Report of the King Institute of Preventive Medicine, Guindy
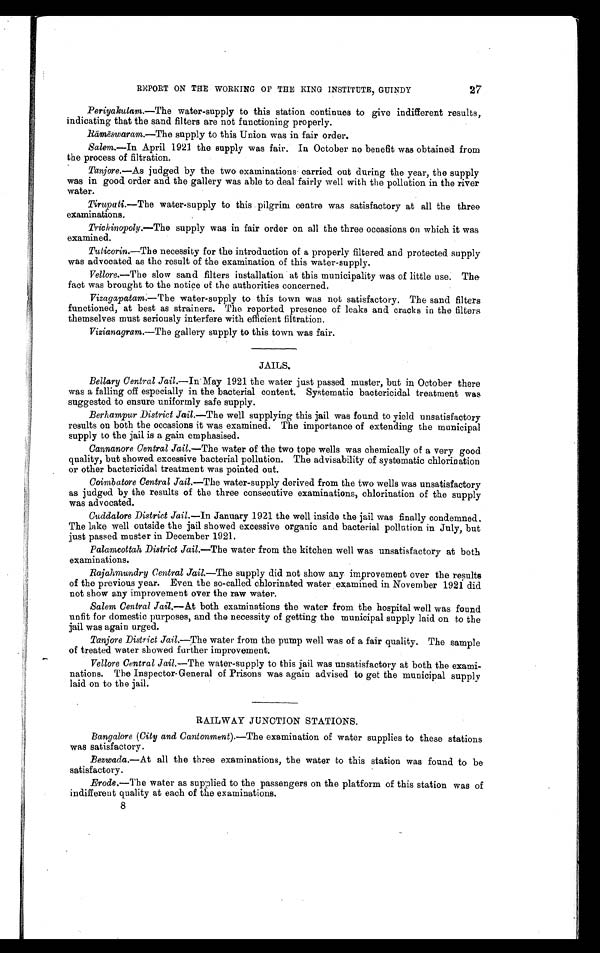
REPORT ON THE WORKING OF THE KING INSTITUTE, GUINDY 27
Periyakulam.—The water-supply to this station continues to give indifferent results,
indicating that the sand filters are not functioning properly.
Rāmēswaram.—The supply to this Union was in fair order.
Salem.—In April 1921 the supply was fair. In October no benefit was obtained from
the process of filtration.
Tanjore. —As judged by the two examinations carried out during the year, the supply
was in good order and the gallery was able to deal fairly well with the pollution in the river
water.
Tirupati. —The water-supply to this pilgrim centre was satisfactory at all the three
examinations.
Trichinopoly.—The supply was in fair order on all the three occasions on which it was
examined.
Tuticorin.—The necessity for the introduction of a properly filtered and protected supply
was advocated as the result of the examination of this water-supply.
Vellore.—The slow sand filters installation at this municipality was of little use. The
fact was brought to the notice of the authorities concerned.
Vizagapatam. —The water-supply to this town was not satisfactory. The sand filters
functioned, at best as strainers. The reported presence of leaks and cracks in the filters
themselves must seriously interfere with efficient filtration.
Vizianagram.—The gallery supply to this town was fair.
JAILS.
Bellary Central Jail.— I n
M a y 1 9 2 1 t h e w a t e r j u s t p a s s e d m u s t e r , b u t i n O c t o b e r t h e r e
was a falling off especially in the bacterial content. Systematic bactericidal treatment was
suggested to ensure uniformly safe supply.
Berhampur District Jail. —The well supplying this jail was found to yield unsatisfactory
results on both the occasions it was examined. The importance of extending the municipal
supply to the jail is a gain emphasised.
Cannanore Central Jail.—The water of the two tope wells was chemically of a very good
quality, but showed excessive bacterial pollution. The advisability of systematic chlorination
or other bactericidal treatment was pointed out.
Coimbatore Central Jail.—The water-supply derived from the two wells was unsatisfactory
as judged by the results of the three consecutive examinations, chlorination of the supply
was advocated.
Cuddalore District Jail. —In January 1921 the well inside the jail was finally condemned.
The lake well outside the jail showed excessive organic and bacterial pollution in July, but
just passed muster in December 1921.
Palamcottah District j ail.—The water from the kitchen well was unsatisfactory at both
examinations.
Rajahmundry Central Jail.—The supply did not show any improvement over the results
of the previous year. Even the so-called chlorinated water examined in November 1921 did
not show any improvement over the raw water.
Salem Central Jail. —At both examinations the water from the hospital well was found
unfit for domestic purposes, and the necessity of getting the municipal supply laid on to the
jail was again urged.
Tanjore District Jail.—The water from the pump well was of a fair quality. The sample
of treated water showed further improvement.
Vellore Central Jail. —The water-supply to this jail was unsatisfactory at both the exami-
nations. The Inspector-General of Prisons was again advised to get the municipal supply
laid on to the jail.
RAILWAY JUNCTION STATIONS.
Bangalore ( City and Cantonment).—The examination of water supplies to these stations
was satisfactory.
Bezwada .—At all the three examinations, the water to this station was found to be
satisfactory.
Erode.—The water as supplied to the passengers on the platform of this station was of
indifferent quality at each of the examinations.